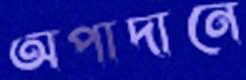
অপাদানে